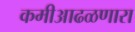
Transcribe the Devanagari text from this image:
कमीआढळणारा